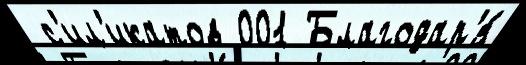
 с'ил'икатов 001 Благодар'я́